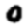
Digit: 0